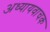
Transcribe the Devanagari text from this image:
अध्यायवाचक